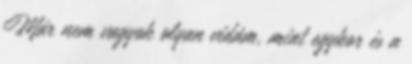
Már nem vagyok olyan vidám, mint egykor és a